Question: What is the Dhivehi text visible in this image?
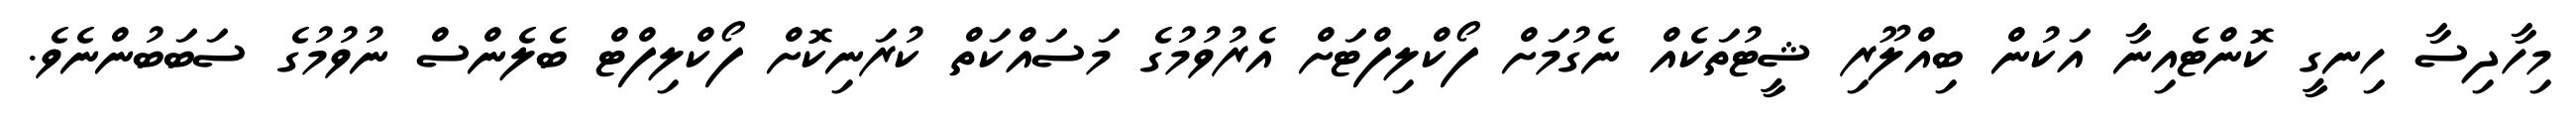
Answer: މިހާދިސާ ހިނގީ ކޮންޓެއިނާ އަކުން ބިއްލޫރި ޝީޓުތަކެއް ނެގުމަށް ފޯކްލިފްޓަށް އެރުވުމުގެ މަސައްކަތް ކުރަނިކޮށް ފޯކްލިފްޓް ބެލެންސް ނުވުމުގެ ސަބަބުންނެވެ.